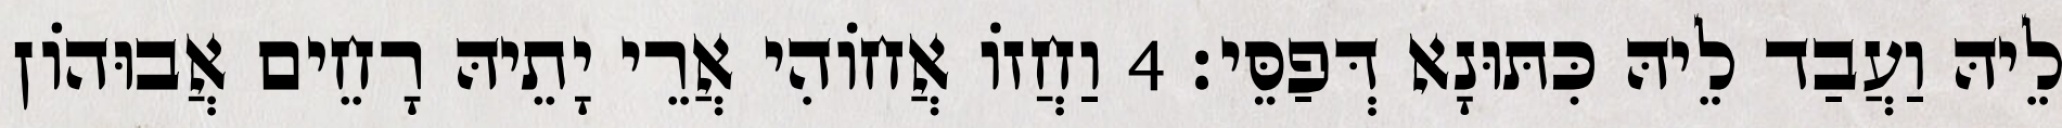
לֵיהּ וַעֲבַד לֵיהּ כִּתּוּנָא דְּפַסֵּי׃ 4 וַחֲזוֹ אֲחוֹהִי אֲרֵי יָתֵיהּ רָחֵים אֲבוּהוֹן